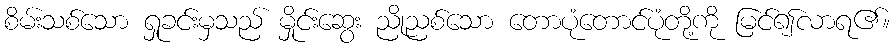
စိမ်းသစ်သော ရှုခင်းမှသည် မှိုင်းဆွေး ညိုညစ်သော တောပုံတောင်ပုံတို့ကို မြင်၍လာရ၏။